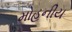
મોહનીય